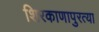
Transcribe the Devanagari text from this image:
शिरकाणापुरत्या